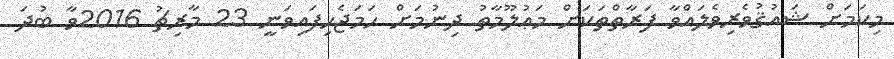
މިކަމަށް ޝައުޤުވެރިވެލައްވާ ފަރާތްތަކަށް މަޢުލޫމާތު ދިނުމަށް ހަމަޖެހިފައިވަނީ 23 މާރިޗު 2016ވާ ބުދަ